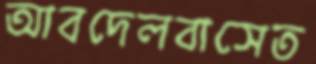
আবদেলবাসেত